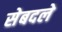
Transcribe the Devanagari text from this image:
सेबदले